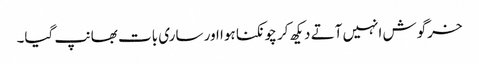
خرگوش انہیں آتے دیکھ کر چونکنا ہوا اور ساری بات بھانپ گیا۔